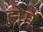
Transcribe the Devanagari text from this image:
होगेंं